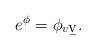
LaTeX: \begin{align*}e^{\phi}=\phi_{v\b{v}}.\end{align*}